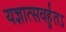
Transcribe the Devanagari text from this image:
यज्ञात्सवर्हुतऽ